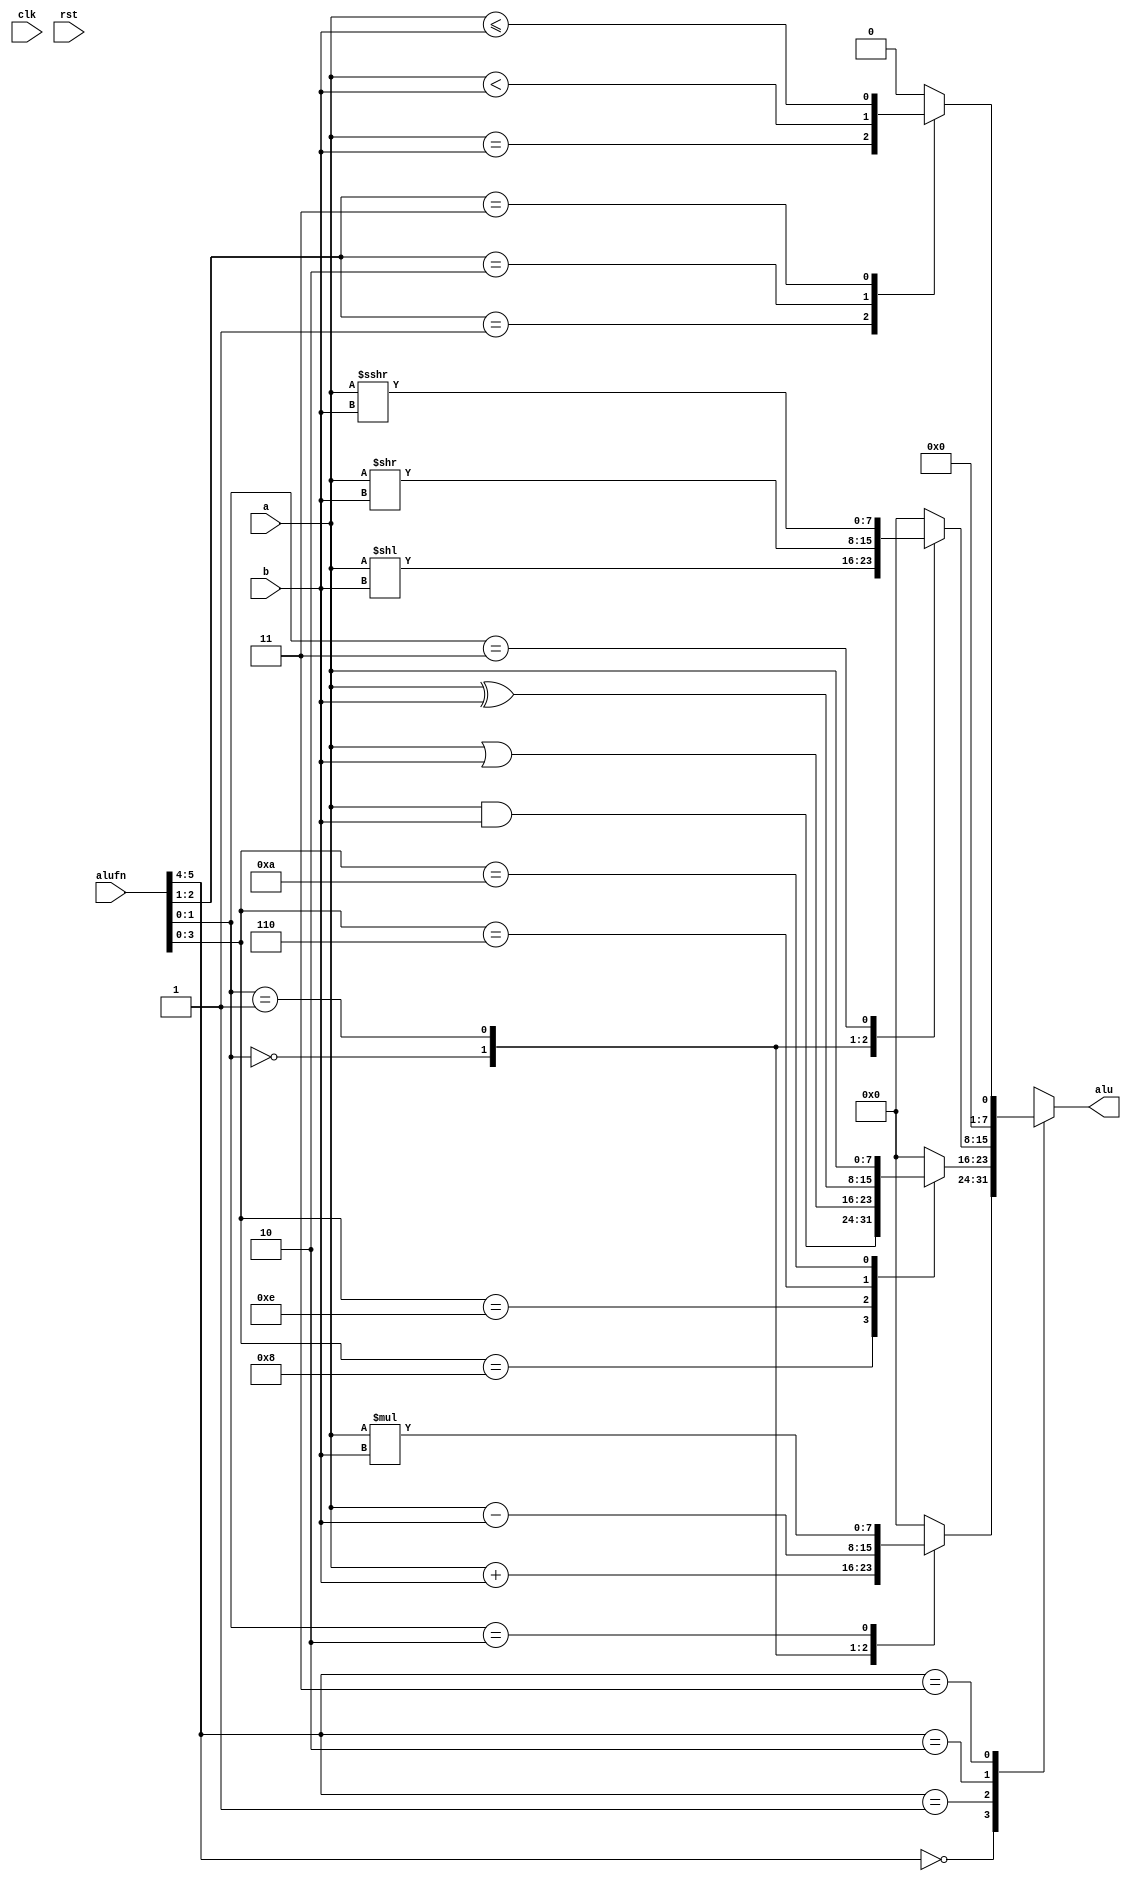
/*
   This file was generated automatically by the Mojo IDE version B1.3.6.
   Do not edit this file directly. Instead edit the original Lucid source.
   This is a temporary file and any changes made to it will be destroyed.
*/

module alu_3 (
    input clk,
    input rst,
    input [5:0] alufn,
    input [7:0] a,
    input [7:0] b,
    output reg [7:0] alu
  );
  
  
  
  always @* begin
    alu = 2'h0;
    
    case (alufn[4+1-:2])
      2'h0: begin
        alu = 8'h00;
        
        case (alufn[0+1-:2])
          2'h0: begin
            alu = a + b;
          end
          2'h1: begin
            alu = a - b;
          end
          2'h2: begin
            alu = a * b;
          end
        endcase
      end
      2'h1: begin
        
        case (alufn[0+3-:4])
          4'h8: begin
            alu = a & b;
          end
          4'he: begin
            alu = a | b;
          end
          4'h6: begin
            alu = a ^ b;
          end
          4'ha: begin
            alu = a;
          end
        endcase
      end
      2'h2: begin
        
        case (alufn[0+1-:2])
          2'h0: begin
            alu = a << b;
          end
          2'h1: begin
            alu = a >> b;
          end
          2'h3: begin
            alu = $signed(a) >>> b;
          end
        endcase
      end
      2'h3: begin
        
        case (alufn[1+1-:2])
          2'h1: begin
            alu = 8'h00;
            alu[0+0-:1] = a == b;
          end
          2'h2: begin
            alu = 8'h00;
            alu[0+0-:1] = $signed(a) < $signed(b);
          end
          2'h3: begin
            alu = 8'h00;
            alu[0+0-:1] = $signed(a) <= $signed(b);
          end
        endcase
      end
    endcase
  end
endmodule